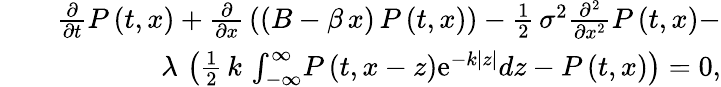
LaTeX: \begin{array}{rlr}&{}&{{\frac{\partial}{\partial t}}P\left(t,x\right)+{\frac{\partial}{\partial x}}\left(\left(B-\beta\, x\right)\, P\left(t,x\right)\right)-\frac 12\, {\sigma}^{2}{\frac{\partial^{2}}{\partial{x}^{2}}}P\left(t,x\right)-}\\ &{}&{{\lambda}\, \left(\frac 12\, {k}\, \int_{-\infty}^{\infty}\! P\left(t,x-z\right){\mathrm{e}^{-k\left|z\right|}}{dz}-P\left(t,x\right)\right)=0,}\end{array}